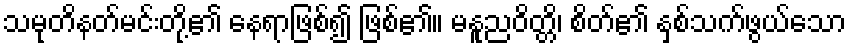
သမုတိနတ်မင်းတို့၏ နေရာဖြစ်၍ ဖြစ်၏။ မနူညဝိတ္တိ၊ စိတ်၏ နှစ်သက်ဖွယ်သော